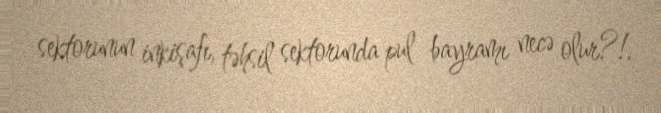
sektorunun inkişafı, təhsil sektorunda pul bayramı necə olur?!.